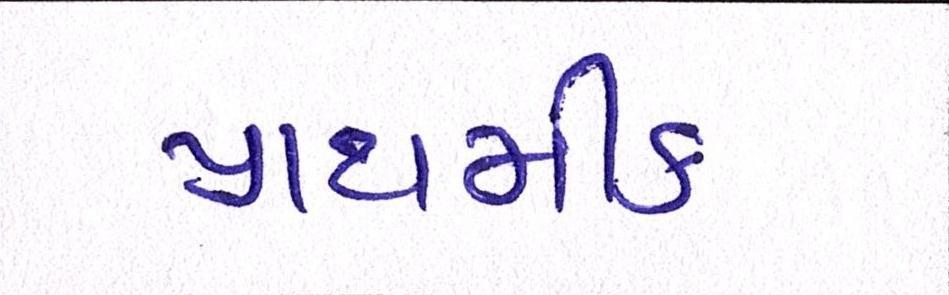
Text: પ્રાથમીક